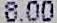
8.00